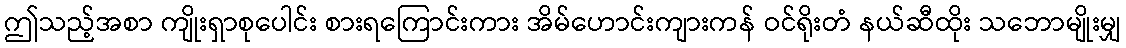
ဤသည့်အစာ ကျိုးရှာစုပေါင်း စားရကြောင်းကား အိမ်ဟောင်းကျားကန် ဝင်ရိုးတံ နယ်ဆီထိုး သဘောမျိုးမျှ